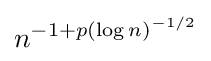
n^{-1+p(\log n)^{-1/2}}